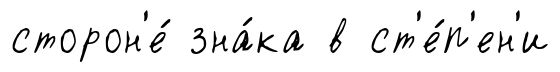
сторон'е́ зна́ка в ст'е́п'ен'и